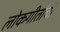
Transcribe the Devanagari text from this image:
लोकगीतांची